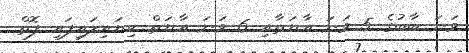
ވަނަ ބާބުގެ 5 ވަނަ އާޔަތާއި 6 ވަނަ އާޔަތް ކިޔައިލައިފައި ފޮތް